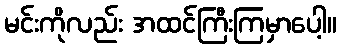
မင်းကိုလည်း အထင်ကြီးကြမှာပေါ့။